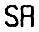
SR